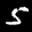
Label: 5